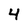
Character: 4